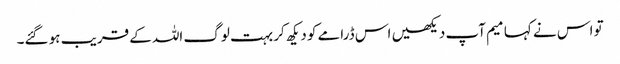
تو اس نے کہا میم آپ دیکھیں اس ڈرامے کو دیکھ کر بہت لوگ اللہ کے قریب ہو گئے۔